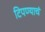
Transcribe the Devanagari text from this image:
टिपण्याचं